Report of an investigation of the epidemic of malarial fever in Assam, or, kala-azar
Disease focus: Malaria
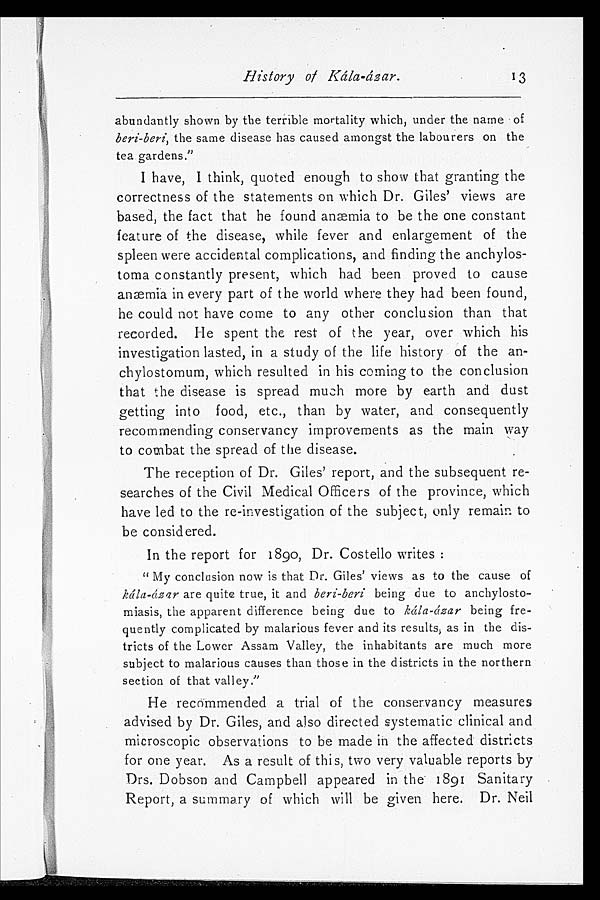
H i s t o r y o f K á l a - á s a r .
abundantly shown by the terrible mortality which, under the name of
beri-beri, the same disease has caused amongst the labourers on the
tea gardens."
I have, I think, quoted enough to show that granting the
correctness of the statements on which Dr. Giles' views are
based, the fact that he found anæmia to be the one constant
feature of the disease, while fever and enlargement of the
spleen were accidental complications, and finding the anchylos-
toma constantly present, which had been proved to cause
anæmia in every part of the world where they had been found,
he could not have come to any other conclusion than that
recorded. He spent the rest of the year, over which his
investigation lasted, in a study of the life history of the an-
chylostomum, which resulted in his coming to the conclusion
that the disease is spread much more by earth and dust
getting into food, etc., than by water, and consequently
recommending conservancy improvements as the main way
to combat the spread of the disease.
The reception of Dr. Giles' report, and the subsequent re-
searches of the Civil Medical Officers of the province, which
have led to the re-investigation of the subject, only remain to
be considered.
In the report for 1890, Dr. Costello writes :
" My conclusion now is that Dr. Giles' views as to the cause of
kála-ázar are quite true, it and beri-beri being due to an
c h y l o s t o m i a s i s , t h e a p p a r e n t d i f f e r e n c e b e i n g d u e t ok
á l a - á z a r
being
fre-
quently complicated by malarious fever and its results ; as in the dis-
tricts of the Lower Assam Valley, the inhabitants are much more
subject to malarious causes than those in the districts in the northern
section of that valley."
He recommended a trial of the conservancy measures
advised by Dr. Giles, and also directed systematic clinical and
microscopic observations to be made in the affected districts
for one year. As a result of this, two very valuable reports by
Drs. Dobson and Campbell appeared in the . 1891 Sanitary
Report, a summary of which will be given here. Dr. Neil
13